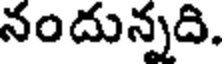
నందున్నది.